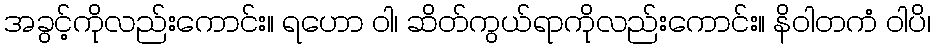
အခွင့်ကိုလည်းကောင်း။ ရဟော ဝါ၊ ဆိတ်ကွယ်ရာကိုလည်းကောင်း။ နိဝါတကံ ဝါပိ၊